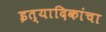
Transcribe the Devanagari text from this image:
इत्यादिकांचा